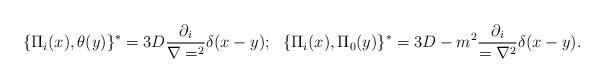
LaTeX: \begin{align*}\{\Pi _i(x),\theta (y)\}^*=3D{{\partial _i}\over {\nabla =^2}}\delta(x-y);~~\{\Pi _i(x),\Pi _0 (y)\}^*=3D-m^2{{\partial _i}\over ={\nabla ^2}}\delta(x-y).\end{align*}